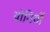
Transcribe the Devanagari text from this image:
योनियों